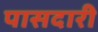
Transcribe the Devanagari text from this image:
पासदारी